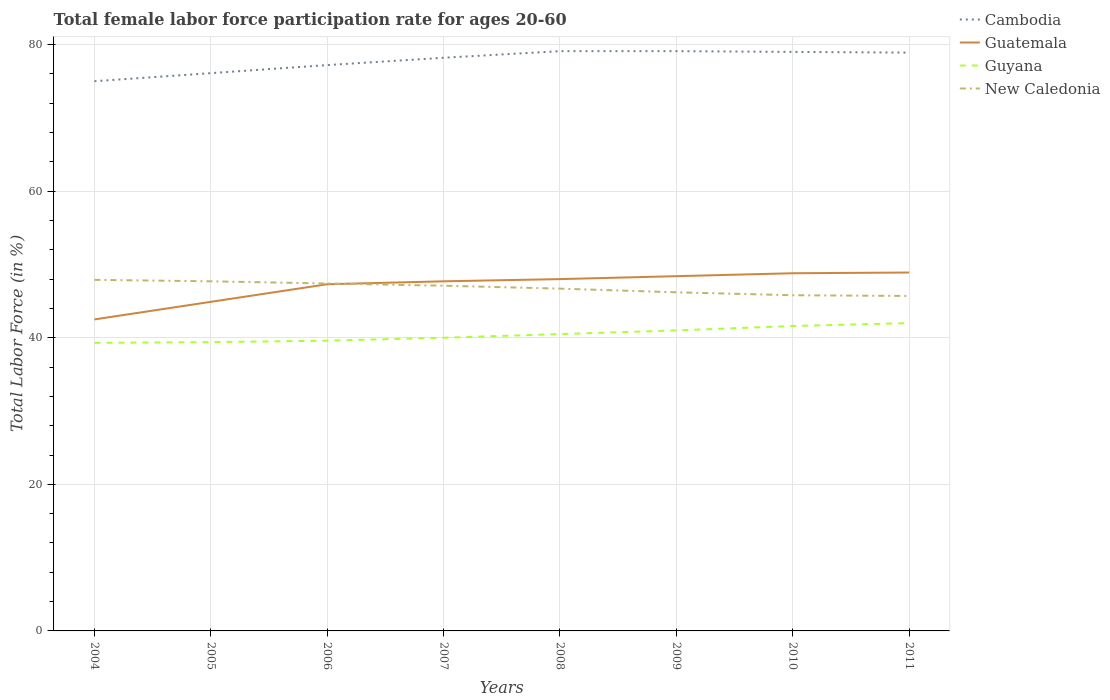
| Years | Cambodia | Guatemala | Guyana | New Caledonia |
 | --- | --- | --- | --- | --- |
 | 2004 | 75 | 42.5 | 39.3 | 47.9 |
 | 2005 | 76.1 | 44.9 | 39.4 | 47.7 |
 | 2006 | 77.2 | 47.3 | 39.6 | 47.4 |
 | 2007 | 78.2 | 47.7 | 40 | 47.1 |
 | 2008 | 79.1 | 48 | 40.5 | 46.7 |
 | 2009 | 79.1 | 48.4 | 41 | 46.2 |
 | 2010 | 79 | 48.8 | 41.6 | 45.8 |
 | 2011 | 78.9 | 48.9 | 42 | 45.7 |